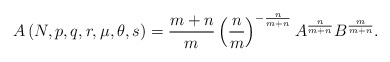
\begin{align*}A\left( N,p,q,r,\mu,\theta,s\right) =\frac{m+n}{m}\left( \frac{n}{m}\right) ^{-\frac{n}{m+n}}A^{\frac{n}{m+n}}B^{\frac{m}{m+n}}.\end{align*}